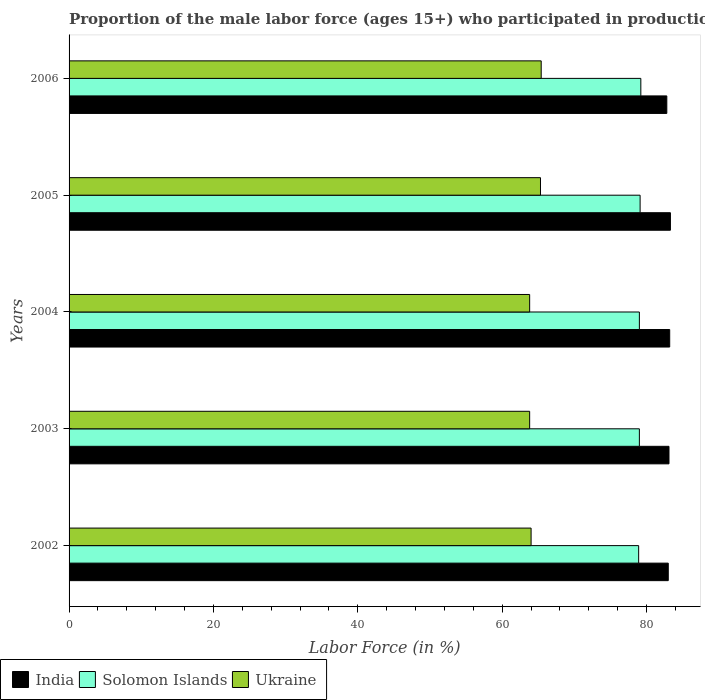
| Years | India | Solomon Islands | Ukraine |
 | --- | --- | --- | --- |
 | 2002 | 83 | 78.9 | 64 |
 | 2003 | 83.1 | 79 | 63.8 |
 | 2004 | 83.2 | 79 | 63.8 |
 | 2005 | 83.3 | 79.1 | 65.3 |
 | 2006 | 82.8 | 79.2 | 65.4 |